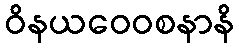
ဝိနယဝေဝစနာနိ